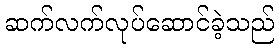
ဆက်လက်လုပ်ဆောင်ခဲ့သည်